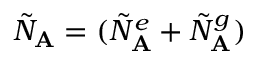
\tilde { N } _ { \mathbf { A } } = ( \tilde { N } _ { \mathbf { A } } ^ { e } + \tilde { N } _ { \mathbf { A } } ^ { g } )